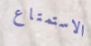
الاستمتاع